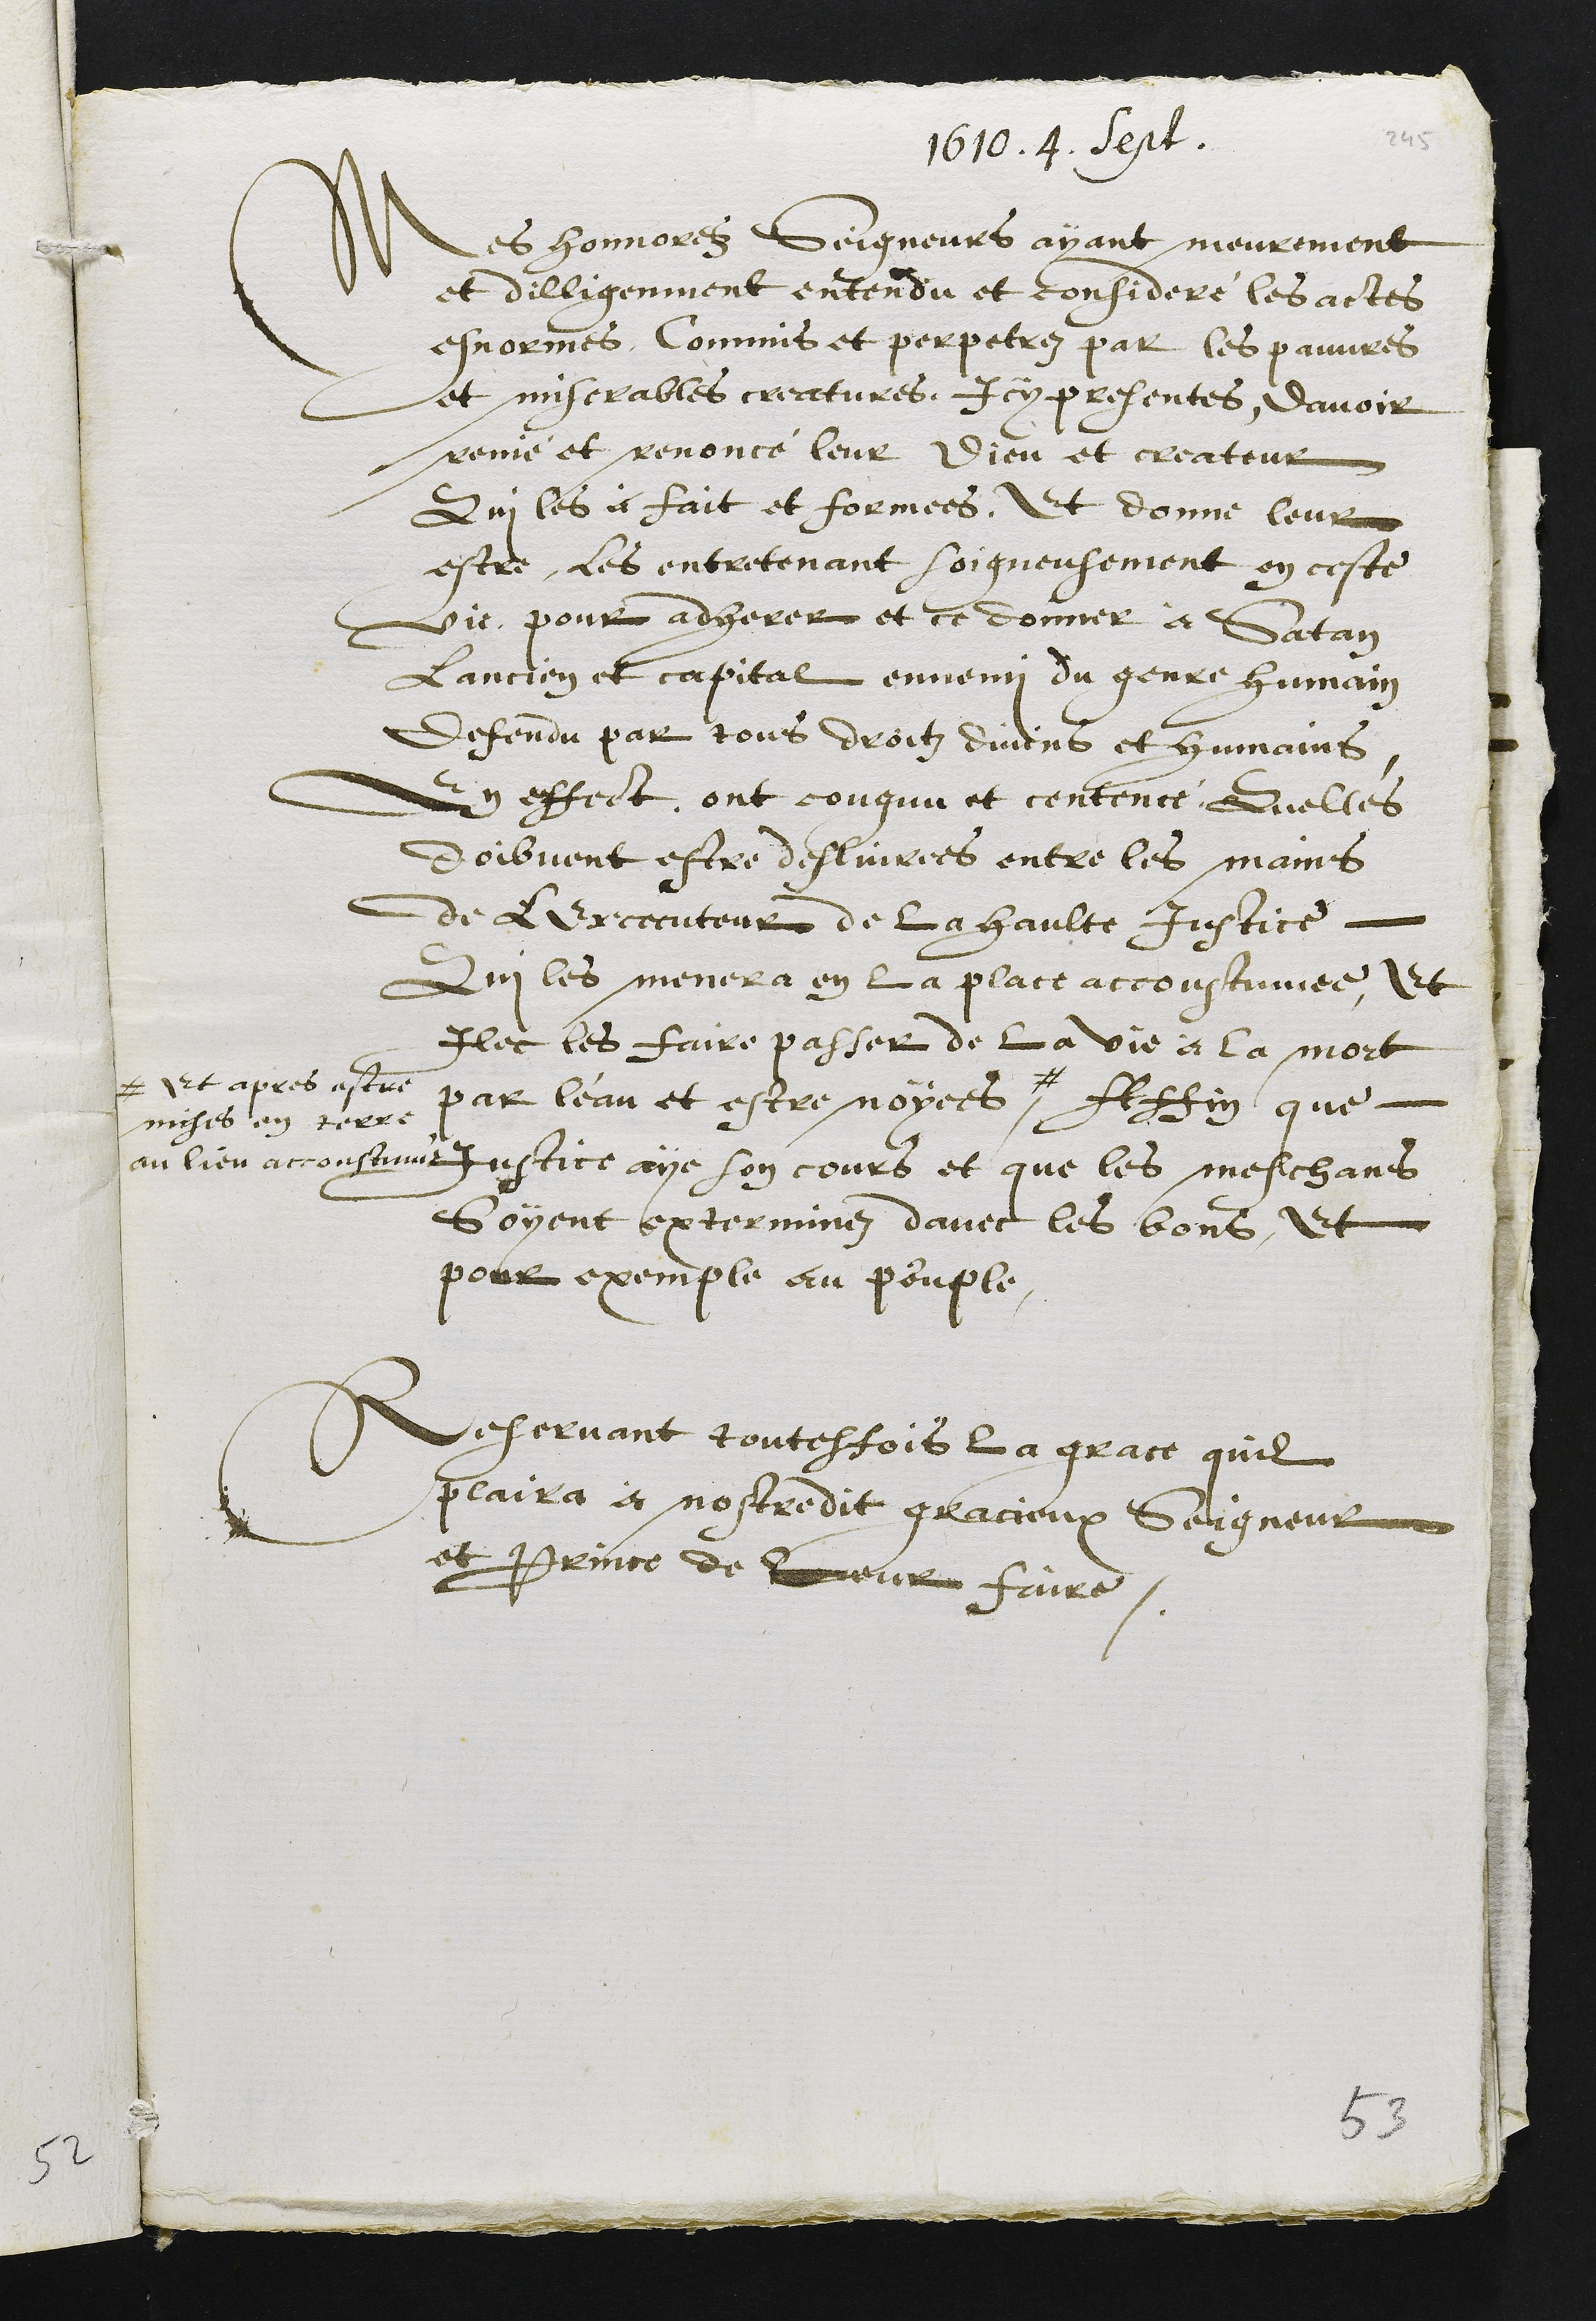
1610. 4. Sept.
Mes honnorez Seigneurs ayant meurement
et dilligenment entendu et confideré les actes
esnormes Commis et perpetrez par les pauvres
et miserables creatures, Icy presentes, davoir
renié et renoncé leur Dieu et createur
Qui les a fait et formees, Et donne leur
estre, les entretenant soigneusement en ceste
vie, pour adherer et ce donner à Satan
Lancien et capital ennemi du genre humain
Defendu par tous droitz divins et humains
En effect, ont congnu et centencé Quelles
doibvent estre deslivrees entre les mains
de LExcecuteur de la haulte Justice
Qui les menera en la place accoustumee Et
Ilec les faire passer de la vie à la mort
par leau et estre noyees #
# Et apres estre
mises en terre
au lieu accoustumé
Affin que
Justice aye son cours et que les meschans
Soyent exterminez davec les bons, Et
pour exemple au peuple.
Reservant touttesfois la grace quil
plaira à nostredit gracieux Seigneur
et Prince de leur faire.
53